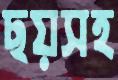
ছয়সহ